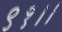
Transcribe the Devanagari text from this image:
९१।।